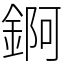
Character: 錒